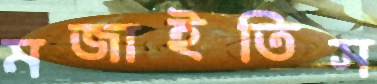
মজাইতিস